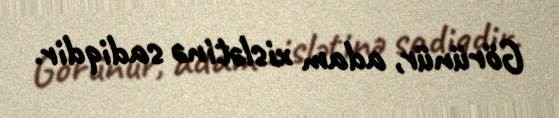
Görünür, adam xislətinə sadiqdir.